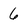
Character: 6